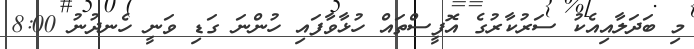
މި ބަދަލާއިއެކު ސަރުކާރުގެ އޮފީސްތައް ހުޅާވާފައި ހުންނަ ގަޑި ވަނީ ހެނދުނު 8:00